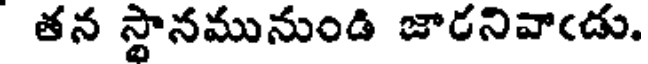
తన స్థానమునుండి జారనివాఁడు.